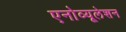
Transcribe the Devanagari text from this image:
एनोव्यूलेशन